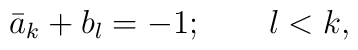
\bar{a}_{k}+b_{l}=-1;\quad\quad l<k,